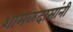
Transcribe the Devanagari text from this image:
शामळदासांनी